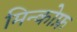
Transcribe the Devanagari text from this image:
मिन्कोफ़